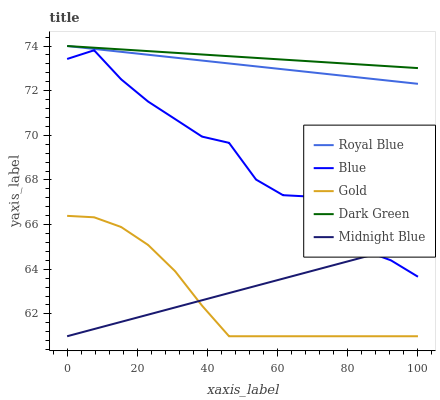
| xaxis_label | Royal Blue | Blue | Gold | Dark Green | Midnight Blue |
 | --- | --- | --- | --- | --- | --- |
 | 0 | 74 | 73.4 | 66.4 | 74 | 61 |
 | 7.69 | 73.9 | 73.8 | 66.3 | 73.9 | 61.3 |
 | 15.4 | 73.7 | 72.5 | 65.9 | 73.8 | 61.6 |
 | 23.1 | 73.6 | 71.5 | 65.1 | 73.8 | 62 |
 | 30.8 | 73.5 | 70.7 | 63.9 | 73.7 | 62.3 |
 | 38.5 | 73.3 | 69.9 | 62.4 | 73.6 | 62.6 |
 | 46.2 | 73.2 | 69.7 | 61 | 73.5 | 62.9 |
 | 53.8 | 73.1 | 68 | 61 | 73.5 | 63.3 |
 | 61.5 | 73 | 67.3 | 61 | 73.4 | 63.6 |
 | 69.2 | 72.8 | 67.3 | 61 | 73.3 | 63.9 |
 | 76.9 | 72.7 | 65.9 | 61 | 73.2 | 64.2 |
 | 84.6 | 72.6 | 64.8 | 61 | 73.2 | 64.5 |
 | 92.3 | 72.4 | 64.4 | 61 | 73.1 | 64.9 |
 | 100 | 72.3 | 63.7 | 61 | 73 | 65.2 |